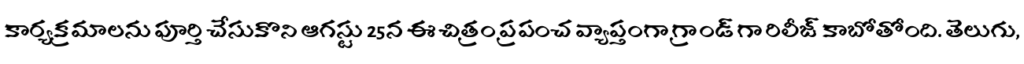
కార్యక్రమాలను పూర్తి చేసుకొని ఆగస్టు 25న ఈ చిత్రం ప్రపంచ వ్యాప్తంగా గ్రాండ్ గా రిలీజ్ కాబోతోంది. తెలుగు,